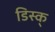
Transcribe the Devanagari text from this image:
डिस्क्